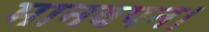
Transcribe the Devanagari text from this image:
मानवपन।